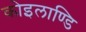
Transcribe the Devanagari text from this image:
कोइलाण्डि